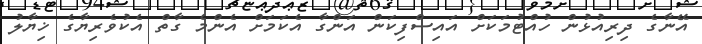
އޭނާގެ ދިރިއުޅުން ހުއްޓުމަކަށް އައިސްފިކަން އަންގާ އެކަމަށް އެންމެ ގާތް އެކުވެރިޔާގެ ޚިޔާލު